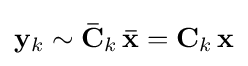
\mathbf {y} _{k}\sim \mathbf {\bar {C}} _{k}\,\mathbf {\bar {x}} =\mathbf {C} _{k}\,\mathbf {x}